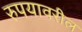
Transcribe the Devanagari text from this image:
रुपयावरील